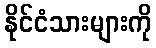
နိုင်ငံသားများကို